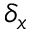
\delta _ { x }